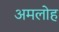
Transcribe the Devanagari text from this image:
अमलोह